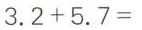
3.2+5.7=